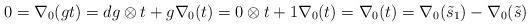
LaTeX: \begin{align*}0 = \nabla_0(gt) = dg \otimes t + g\nabla_0(t) = 0 \otimes t + 1\nabla_0(t) = \nabla_0(t) = \nabla_0(\tilde s_1) - \nabla_0(\tilde s)\end{align*}